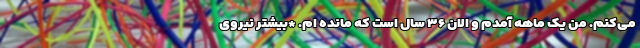
می‌کنم. من یک ماهه آمدم و الان ۳۶ سال است که مانده ام. *بیشتر نیروی